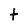
Character: t